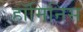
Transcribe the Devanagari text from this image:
हॉमिनिस